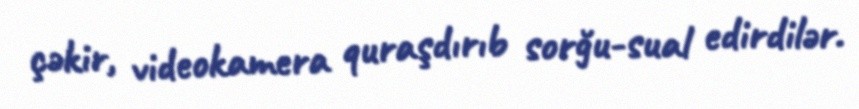
çəkir, videokamera quraşdırıb sorğu-sual edirdilər.